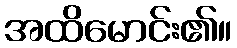
အထိမောင်း၏။